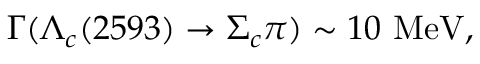
\Gamma ( \Lambda _ { c } ( 2 5 9 3 ) \to \Sigma _ { c } \pi ) \sim 1 0 \mathrm { ~ M e V } ,